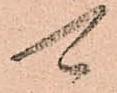
可